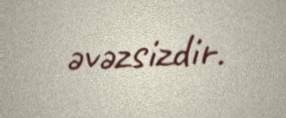
əvəzsizdir.